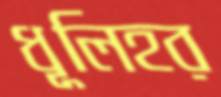
ধূলিহর